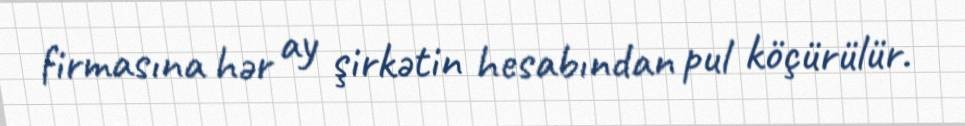
firmasına hər ay şirkətin hesabından pul köçürülür.